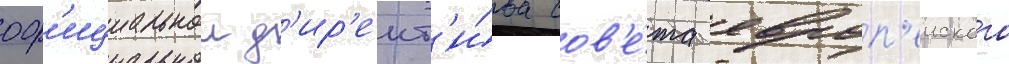
оф'ициальнои д'ир'ект'и́ва сов'е́та европ'еиского